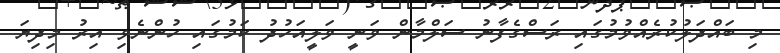
މި ބައްދަލުކުރެއްވުމުގައި ރަސްގެފާނު ސަލްމާން ވަނީ ވަލީއަހުދު ކަމުގައި ހުންނެވި އިރު މިދިޔަ